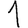
Digit: 1